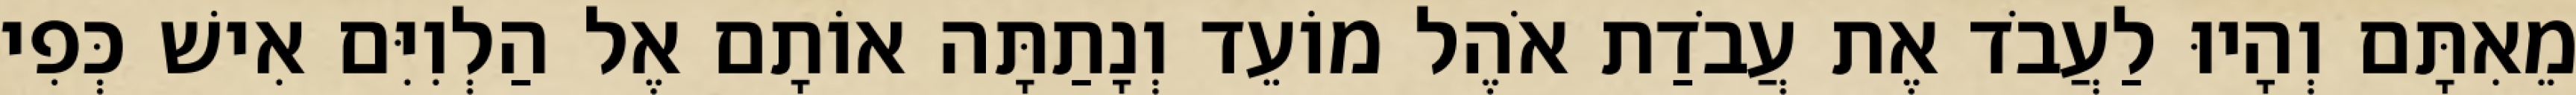
מֵאִתָּם וְהָיוּ לַעֲבֹד אֶת עֲבֹדַת אֹהֶל מוֹעֵד וְנָתַתָּה אוֹתָם אֶל הַלְוִיִּם אִישׁ כְּפִי